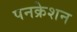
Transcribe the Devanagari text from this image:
पनक्रेशन